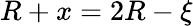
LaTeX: R+x=2R-\xi